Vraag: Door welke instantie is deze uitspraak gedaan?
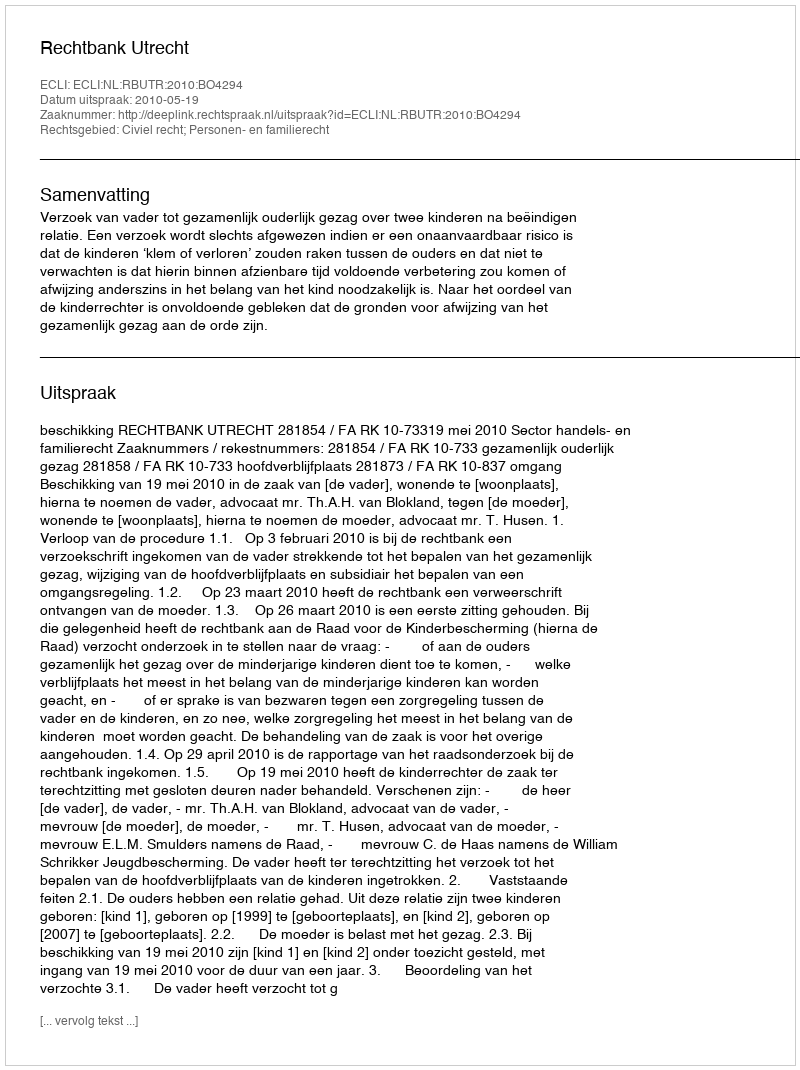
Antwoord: Rechtbank Utrecht